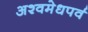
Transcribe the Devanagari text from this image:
अश्वमेधपर्व